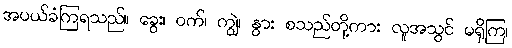
အပယ်ခံကြရသည်။ ခွေး၊ ဝက်၊ ကျွဲ၊ နွား စသည်တို့ကား လူအသွင် မရှိကြ၊